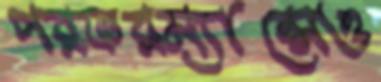
পরফরম্যান্সেও